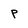
Character: p